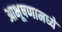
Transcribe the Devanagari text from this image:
आभूषणामध्ये